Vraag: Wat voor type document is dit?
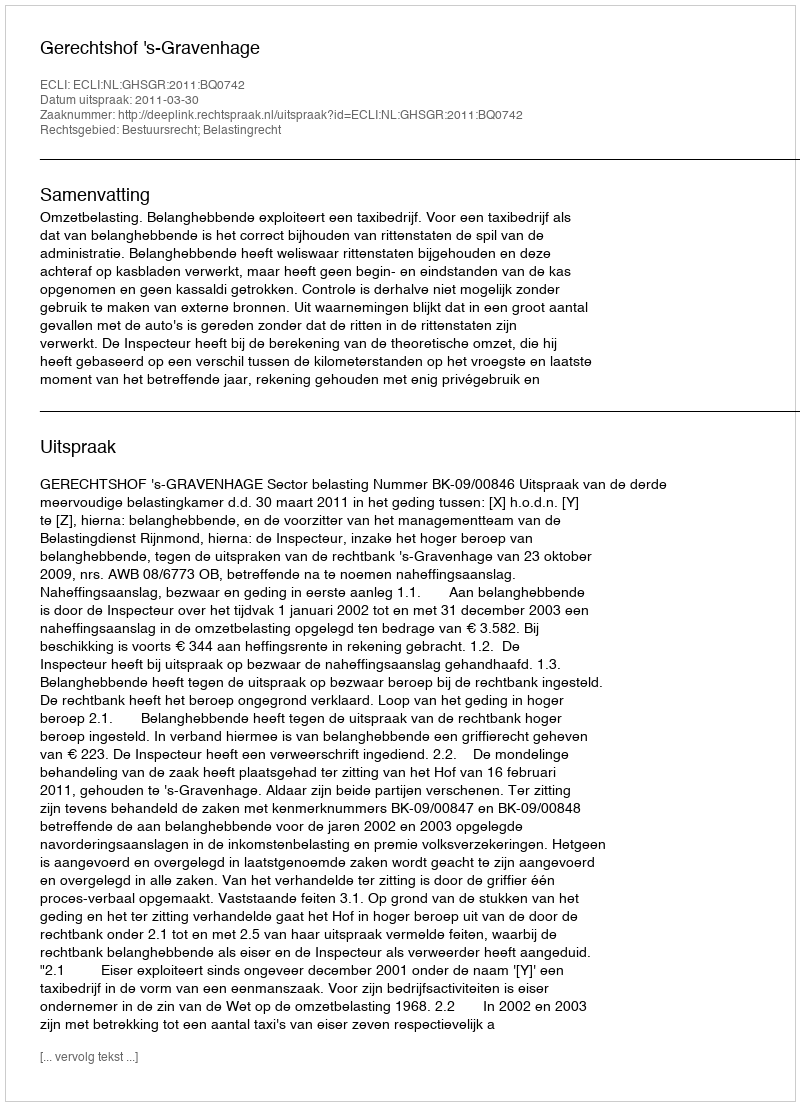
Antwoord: Uitspraak